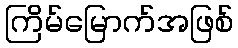
ကြိမ်မြောက်အဖြစ်